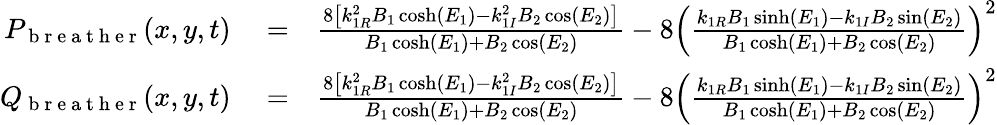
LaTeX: \begin{array}{rlr}{P_{\mathrm{~b~r~e~a~t~h~e~r~}}(x,y,t)}&{{}=}&{\frac{8\left[k_{1R}^{2}B_{1}\cosh(E_{1})-k_{1I}^{2}B_{2}\cos(E_{2})\right]}{B_{1}\cosh(E_{1})+B_{2}\cos(E_{2})}-8\left(\frac{k_{1R}B_{1}\sinh(E_{1})-k_{1I}B_{2}\sin(E_{2})}{B_{1}\cosh(E_{1})+B_{2}\cos(E_{2})}\right)^{2}}\\ {Q_{\mathrm{~b~r~e~a~t~h~e~r~}}(x,y,t)}&{{}=}&{\frac{8\left[k_{1R}^{2}B_{1}\cosh(E_{1})-k_{1I}^{2}B_{2}\cos(E_{2})\right]}{B_{1}\cosh(E_{1})+B_{2}\cos(E_{2})}-8\left(\frac{k_{1R}B_{1}\sinh(E_{1})-k_{1I}B_{2}\sin(E_{2})}{B_{1}\cosh(E_{1})+B_{2}\cos(E_{2})}\right)^{2}}\end{array}